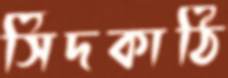
সিঁদকাঠি